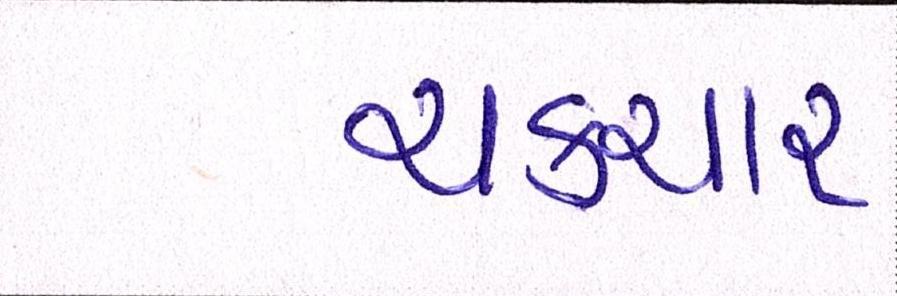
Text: ચકચાર